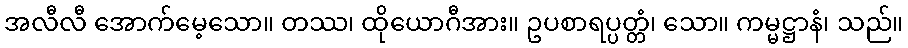
အလီလီ အောက်မေ့သော။ တဿ၊ ထိုယောဂီအား။ ဥပစာရပ္ပတ္တံ၊ သော။ ကမ္မဋ္ဌာနံ၊ သည်။